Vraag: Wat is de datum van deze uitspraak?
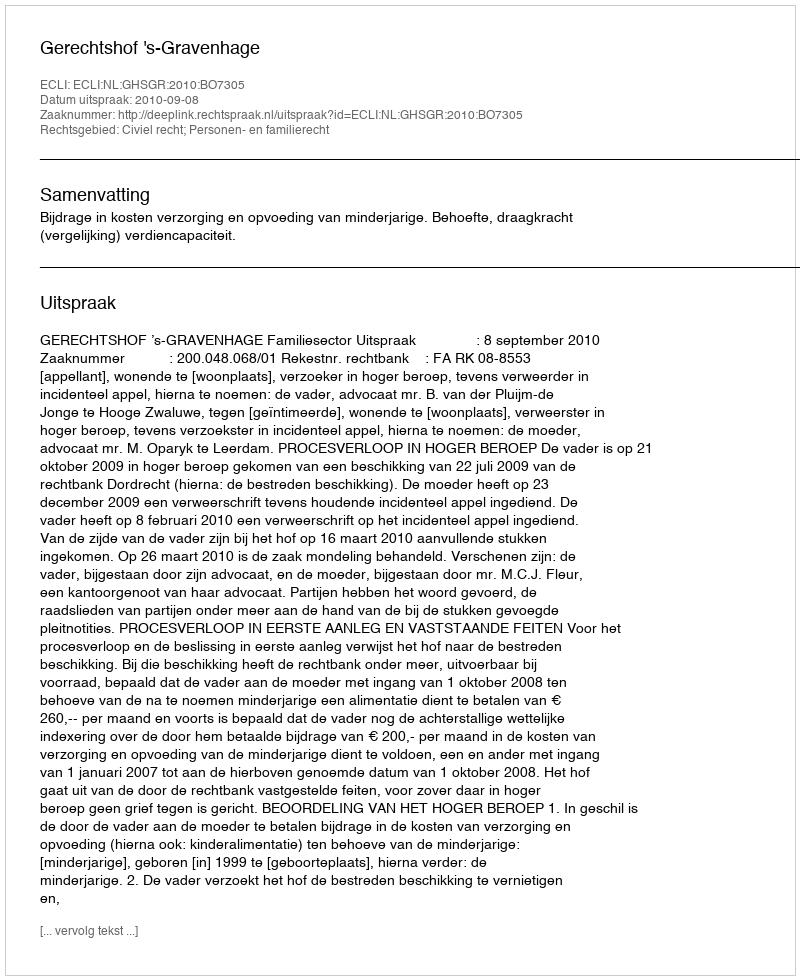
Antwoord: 2010-09-08